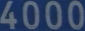
4000